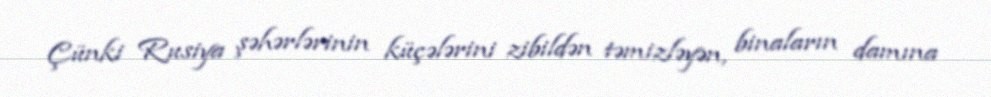
Çünki Rusiya şəhərlərinin küçələrini zibildən təmizləyən, binaların damına